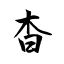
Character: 杳